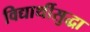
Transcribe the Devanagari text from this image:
विद्यार्थीसुद्धा